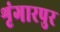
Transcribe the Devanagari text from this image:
शृंगारपुर